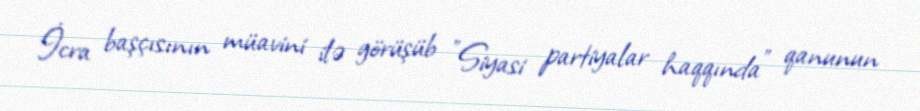
İcra başçısının müavini ilə görüşüb "Siyasi partiyalar haqqında" qanunun